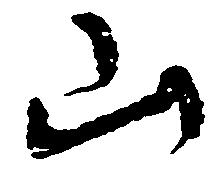
山